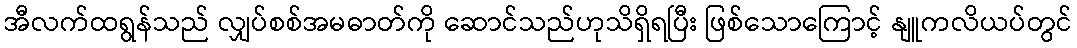
အီလက်ထရွန်သည် လျှပ်စစ်အမဓာတ်ကို ဆောင်သည်ဟုသိရှိရပြီး ဖြစ်သောကြောင့် နျူကလိယပ်တွင်